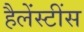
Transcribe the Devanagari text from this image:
हैलेंस्टींस